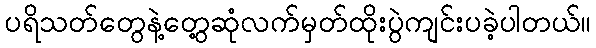
ပရိသတ်တွေနဲ့တွေ့ဆုံလက်မှတ်ထိုးပွဲကျင်းပခဲ့ပါတယ်။